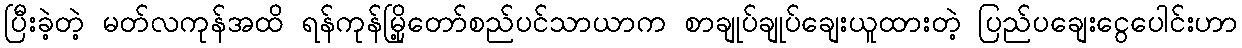
ပြီးခဲ့တဲ့ မတ်လကုန်အထိ ရန်ကုန်မြို့တော်စည်ပင်သာယာက စာချုပ်ချုပ်ချေးယူထားတဲ့ ပြည်ပချေးငွေပေါင်းဟာ